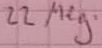
Text: 22Meg.